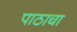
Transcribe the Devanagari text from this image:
पाठाचा